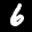
Label: 6